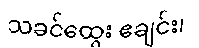
သခင်ထွေး ဧချင်း၊